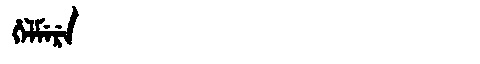
Manchu: ᡥᡝᠯᠮᡝᡵᡝ
Romanization: HELMERE